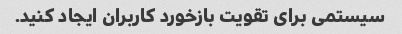
سیستمی برای تقویت بازخورد کاربران ایجاد کنید.